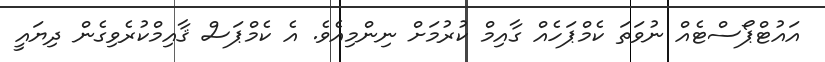
އައުޓްޕޯސްޓެއް ނުވަތަ ކެމްޕަހެއް ގާއިމް ކުރުމަށް ނިންމިއެވެ. އެ ކެމްޕަސް ޤާއިމްކުރެވިގެން ދިޔައީ